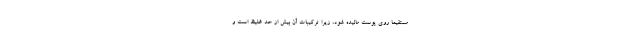
مستقیما روی پوست مالیده شود، زیرا ترکیبات آن بیش از حد غلیظ است و